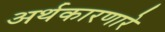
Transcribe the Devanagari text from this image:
अर्थकारणारे